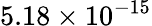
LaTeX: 5.18\times 10^{-15}